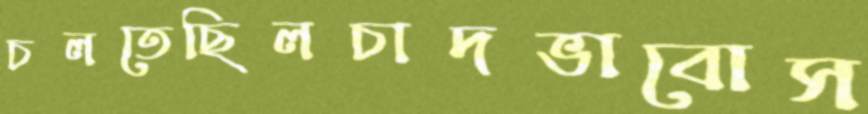
চলতেছিলচাদভাবোস